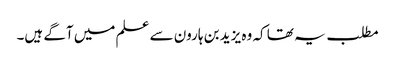
مطلب یہ تھا کہ وہ یزید بن ہارون سے علم میں آگے ہیں۔